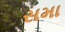
સમા